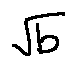
\sqrt { b }